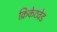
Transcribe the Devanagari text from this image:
क्रिकेटवेड